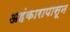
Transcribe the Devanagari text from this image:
अहंकारापासून